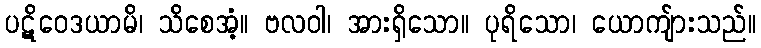
ပဋိဝေဒယာမိ၊ သိစေအံ့။ ဗလဝါ၊ အားရှိသော။ ပုရိသော၊ ယောကျ်ားသည်။